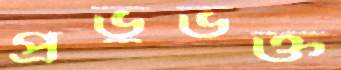
প্রভুভক্ত